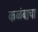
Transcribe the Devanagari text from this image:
कळंबाचा